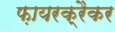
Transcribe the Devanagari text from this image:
फ़ायरक्रैकर